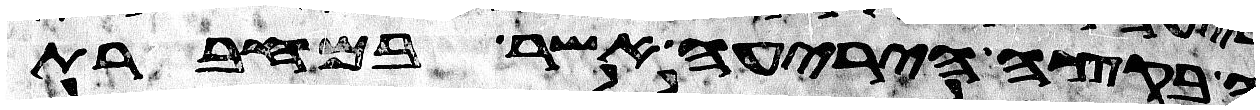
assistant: בקצה היריעה אשר במחברת